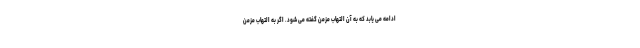
ادامه می یابد که به آن التهاب مزمن گفته می شود. اگر به التهاب مزمن